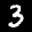
Label: 3